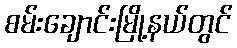
စမ်းချောင်းမြို့နယ်တွင်